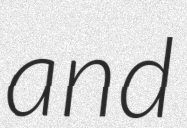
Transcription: and